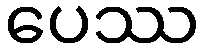
ပေဿ